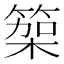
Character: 𮅭